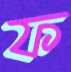
ফ